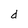
Character: d